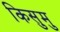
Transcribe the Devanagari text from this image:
किसुमु